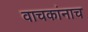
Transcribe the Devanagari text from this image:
वाचकांनाच